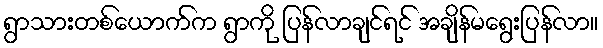
ရွာသားတစ်ယောက်က ရွာကို ပြန်လာချင်ရင် အချိန်မရွေးပြန်လာ။